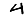
Digit: 4